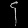
Digit: ၄